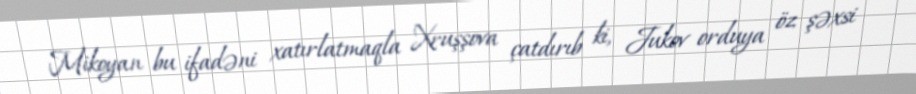
Mikoyan bu ifadəni xatırlatmaqla Xruşşova çatdırıb ki, Jukov orduya öz şəxsi